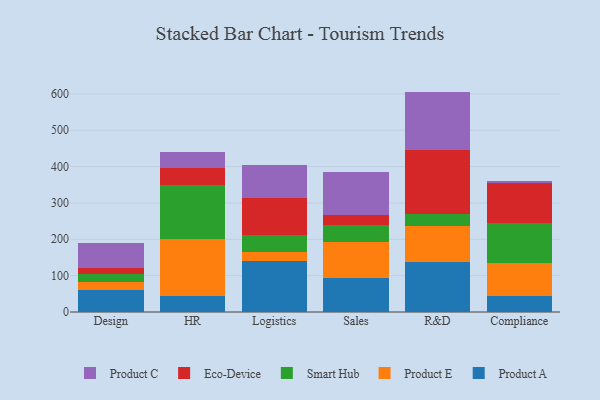
{"axis": {"x": "Department", "y": "Operating Costs (USD K)"}, "legend": ["Eco-Device", "Product A", "Product C", "Product E", "Smart Hub"], "data": [{"x": "Design", "y": 59.7, "type": "Product A"}, {"x": "Design", "y": 23.6, "type": "Product E"}, {"x": "Design", "y": 20.7, "type": "Smart Hub"}, {"x": "Design", "y": 17.1, "type": "Eco-Device"}, {"x": "Design", "y": 69.9, "type": "Product C"}, {"x": "HR", "y": 45.3, "type": "Product A"}, {"x": "HR", "y": 155.2, "type": "Product E"}, {"x": "HR", "y": 148.4, "type": "Smart Hub"}, {"x": "HR", "y": 48.5, "type": "Eco-Device"}, {"x": "HR", "y": 43.5, "type": "Product C"}, {"x": "Logistics", "y": 139.1, "type": "Product A"}, {"x": "Logistics", "y": 27.2, "type": "Product E"}, {"x": "Logistics", "y": 45.6, "type": "Smart Hub"}, {"x": "Logistics", "y": 101.3, "type": "Eco-Device"}, {"x": "Logistics", "y": 90.8, "type": "Product C"}, {"x": "Sales", "y": 92.6, "type": "Product A"}, {"x": "Sales", "y": 98.9, "type": "Product E"}, {"x": "Sales", "y": 47.3, "type": "Smart Hub"}, {"x": "Sales", "y": 27.5, "type": "Eco-Device"}, {"x": "Sales", "y": 118.4, "type": "Product C"}, {"x": "R&D", "y": 136.9, "type": "Product A"}, {"x": "R&D", "y": 98.7, "type": "Product E"}, {"x": "R&D", "y": 32.9, "type": "Smart Hub"}, {"x": "R&D", "y": 177.7, "type": "Eco-Device"}, {"x": "R&D", "y": 160.0, "type": "Product C"}, {"x": "Compliance", "y": 45.1, "type": "Product A"}, {"x": "Compliance", "y": 89.6, "type": "Product E"}, {"x": "Compliance", "y": 111.1, "type": "Smart Hub"}, {"x": "Compliance", "y": 109.7, "type": "Eco-Device"}, {"x": "Compliance", "y": 5.0, "type": "Product C"}]}